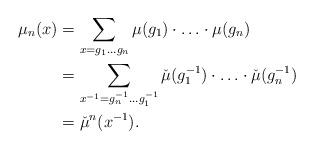
LaTeX: \begin{align*}\mu_n(x) &= \sum_{x=g_1\ldots g_n} \mu(g_1) \cdot \ldots \cdot \mu(g_n) \\&= \sum_{x^{-1}=g^{-1}_n \ldots g^{-1}_1} \check{\mu}(g_1^{-1})\cdot \ldots \cdot \check{\mu}(g_n^{-1}) \\&= \check\mu ^n(x^{-1}).\end{align*}